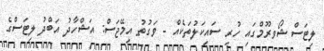
ލިޓަސް ޝޯވރޫމްގައި ހުރި ސައިކަލުތަކެއް - ވަގުތު އިމޭޖަސް: އަޝްހާދު އަބްދު ލިޓަސްގެ